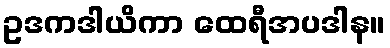
ဥဒကဒါယိကာ ထေရီအပဒါန။